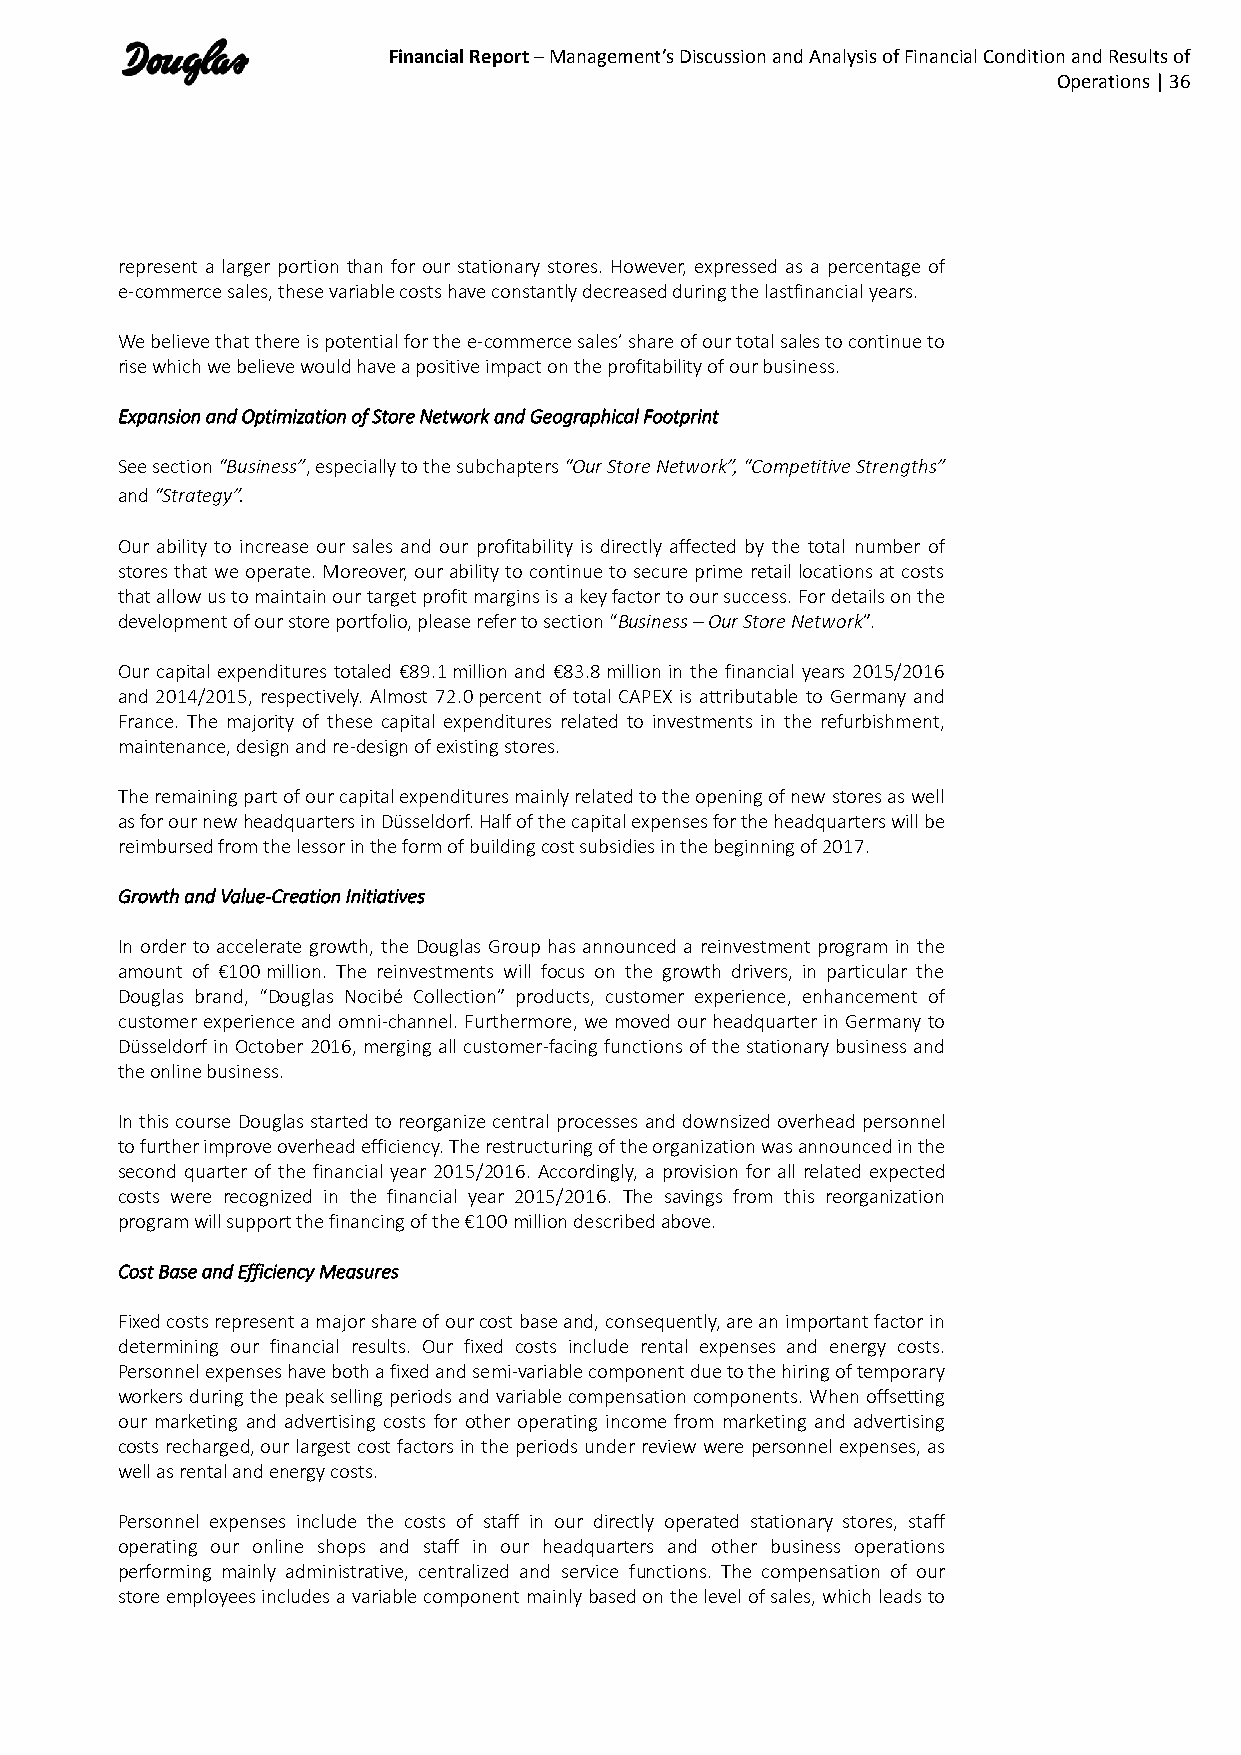
Financial Report – Management’s Discussion and Analysis of Financial Condition and Results of
 Operations | 36
 represent a larger portion than for our stationary stores. However, expressed as a percentage of
 e-commerce sales, these variable costs have constantly decreased during the lastfinancial years.
 We believe that there is potential for the e-commerce sales’ share of our total sales to continue to
 rise which we believe would have a positive impact on the profitability of our business.
 Expansion and Optimization of Store Network and Geographical Footprint
 See section “Business”, especially to the subchapters “Our Store Network”, “Competitive Strengths”
 and “Strategy”.
 Our ability to increase our sales and our profitability is directly affected by the total number of
 stores that we operate. Moreover, our ability to continue to secure prime retail locations at costs
 that allow us to maintain our target profit margins is a key factor to our success. For details on the
 development of our store portfolio, please refer to section “Business – Our Store Network”.
 Our capital expenditures totaled €89.1 million and €83.8 million in the financial years 2015/2016
 and 2014/2015, respectively. Almost 72.0 percent of total CAPEX is attributable to Germany and
 France. The majority of these capital expenditures related to investments in the refurbishment,
 maintenance, design and re-design of existing stores.
 The remaining part of our capital expenditures mainly related to the opening of new stores as well
 as for our new headquarters in Düsseldorf. Half of the capital expenses for the headquarters will be
 reimbursed from the lessor in the form of building cost subsidies in the beginning of 2017.
 Growth and Value-Creation Initiatives
 In order to accelerate growth, the Douglas Group has announced a reinvestment program in the
 amount of €100 million. The reinvestments will focus on the growth drivers, in particular the
 Douglas brand, “Douglas Nocibé Collection” products, customer experience, enhancement of
 customer experience and omni-channel. Furthermore, we moved our headquarter in Germany to
 Düsseldorf in October 2016, merging all customer-facing functions of the stationary business and
 the online business.
 In this course Douglas started to reorganize central processes and downsized overhead personnel
 to further improve overhead efficiency. The restructuring of the organization was announced in the
 second quarter of the financial year 2015/2016. Accordingly, a provision for all related expected
 costs were recognized in the financial year 2015/2016. The savings from this reorganization
 program will support the financing of the €100 million described above.
 Cost Base and Efficiency Measures
 Fixed costs represent a major share of our cost base and, consequently, are an important factor in
 determining our financial results. Our fixed costs include rental expenses and energy costs.
 Personnel expenses have both a fixed and semi-variable component due to the hiring of temporary
 workers during the peak selling periods and variable compensation components. When offsetting
 our marketing and advertising costs for other operating income from marketing and advertising
 costs recharged, our largest cost factors in the periods under review were personnel expenses, as
 well as rental and energy costs.
 Personnel expenses include the costs of staff in our directly operated stationary stores, staff
 operating our online shops and staff in our headquarters and other business operations
 performing mainly administrative, centralized and service functions. The compensation of our
 store employees includes a variable component mainly based on the level of sales, which leads to